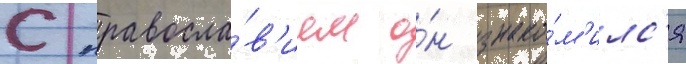
С правосла́в'ием о́н знако́м'илс'я